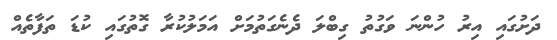
ދަށުގައި އިރު ހުންނަ ވަގުތު ގިބްލަ ދެނެގަތުމަށް އަމަލުކުރާ ގޮތުގައި ކުޑަ ތަފާތެއް